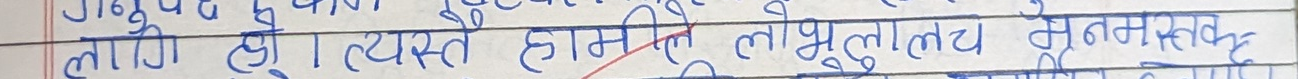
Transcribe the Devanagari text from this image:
लाग्यो। त्यस्तै हासले लोभ्युलैय मनेस्त्व